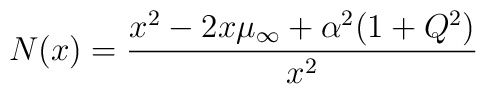
N(x) = {x^2 - 2x \mu_{\infty} + \alpha^2(1 + Q^2) \over x^2}